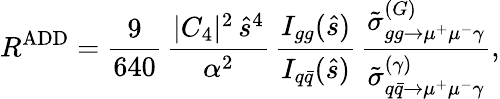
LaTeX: R^{\mathrm{ADD}}=\frac{9}{640}\, \frac{|C_{4}|^{2}\, \hat{s}^{4}}{\alpha^{2}}\, \frac{I_{gg}(\hat{s})}{I_{q\bar{q}}(\hat{s})}\, \frac{\tilde{\sigma}_{gg\to\mu^{+}\mu^{-}\gamma}^{(G)}}{\tilde{\sigma}_{q\bar{q}\to\mu^{+}\mu^{-}\gamma}^{(\gamma)}},